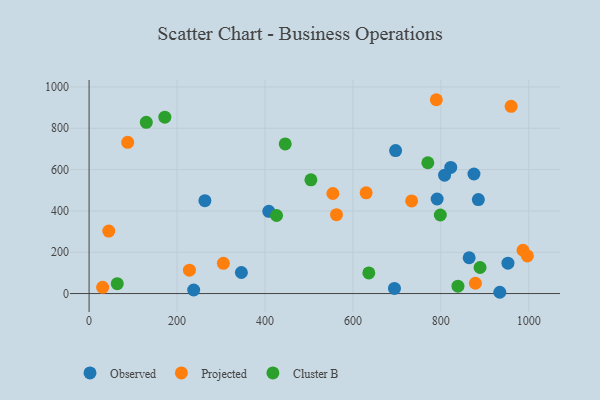
{"axis": {"x": "Experience", "y": "Salary"}, "legend": ["Cluster B", "Observed", "Projected"], "data": [{"x": "864.4", "y": 173.2, "type": "Observed"}, {"x": "237.9", "y": 17.2, "type": "Observed"}, {"x": "952.6", "y": 146.9, "type": "Observed"}, {"x": "697.1", "y": 692.2, "type": "Observed"}, {"x": "822.5", "y": 610.5, "type": "Observed"}, {"x": "875.3", "y": 578.8, "type": "Observed"}, {"x": "885.3", "y": 454.7, "type": "Observed"}, {"x": "346.4", "y": 101.8, "type": "Observed"}, {"x": "694.5", "y": 24.8, "type": "Observed"}, {"x": "263.4", "y": 449.6, "type": "Observed"}, {"x": "934.1", "y": 6.2, "type": "Observed"}, {"x": "791.6", "y": 457.6, "type": "Observed"}, {"x": "408.7", "y": 398.0, "type": "Observed"}, {"x": "808.5", "y": 572.8, "type": "Observed"}, {"x": "30.8", "y": 30.0, "type": "Projected"}, {"x": "878.6", "y": 49.8, "type": "Projected"}, {"x": "562.7", "y": 381.9, "type": "Projected"}, {"x": "554.4", "y": 484.2, "type": "Projected"}, {"x": "733.6", "y": 448.5, "type": "Projected"}, {"x": "305.4", "y": 146.4, "type": "Projected"}, {"x": "959.8", "y": 906.3, "type": "Projected"}, {"x": "789.7", "y": 938.2, "type": "Projected"}, {"x": "630.1", "y": 487.5, "type": "Projected"}, {"x": "44.7", "y": 302.2, "type": "Projected"}, {"x": "87.8", "y": 732.2, "type": "Projected"}, {"x": "996.8", "y": 182.2, "type": "Projected"}, {"x": "986.9", "y": 209.6, "type": "Projected"}, {"x": "228.2", "y": 113.0, "type": "Projected"}, {"x": "838.9", "y": 35.6, "type": "Cluster B"}, {"x": "426.4", "y": 377.7, "type": "Cluster B"}, {"x": "770.4", "y": 633.2, "type": "Cluster B"}, {"x": "504.5", "y": 550.7, "type": "Cluster B"}, {"x": "64.1", "y": 47.8, "type": "Cluster B"}, {"x": "798.8", "y": 380.3, "type": "Cluster B"}, {"x": "889.2", "y": 126.0, "type": "Cluster B"}, {"x": "446.1", "y": 724.4, "type": "Cluster B"}, {"x": "130.1", "y": 828.7, "type": "Cluster B"}, {"x": "636.2", "y": 100.0, "type": "Cluster B"}, {"x": "172.3", "y": 853.7, "type": "Cluster B"}]}